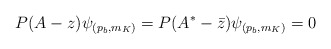
\begin{align*} P (A-z) \psi_{(p_b,m_K)}=P (A^*-\bar{z})\psi_{(p_b,m_K)}=0\end{align*}